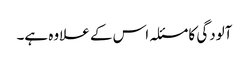
آلودگی کا مسئلہ اس کے علاوہ ہے۔